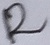
Text: R